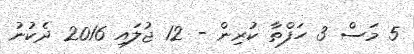
5 މަސް 3 ހަފްތާ ކުރިން - 12 ޖުލައި 2016 ދެކުނު